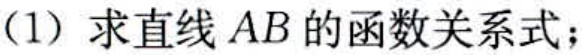
(1) 求直线 \(AB\) 的函数关系式；